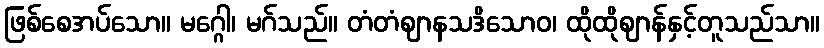
ဖြစ်စေအပ်သော။ မဂ္ဂေါ၊ မဂ်သည်။ တံတံဈာနသဒိသောဝ၊ ထိုထိုဈာန်နှင့်တူသည်သာ။